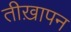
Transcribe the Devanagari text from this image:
तीख़ापन